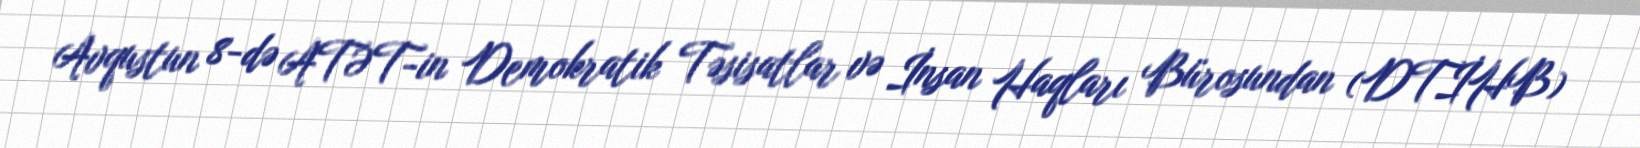
Avqustun 8-də ATƏT-in Demokratik Təsisatlar və İnsan Haqları Bürosundan (DTİHB)